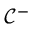
\mathcal { C } ^ { - }